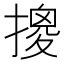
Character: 𱠮